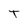
Character: T